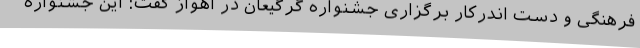
فرهنگی و دست اندرکار برگزاری جشنواره گرگیعان در اهواز گفت: این جشنواره